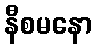
နီစမနော